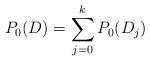
LaTeX: \begin{align*}P_0(D)=\sum\limits_{j=0}^k P_0(D_j)\end{align*}